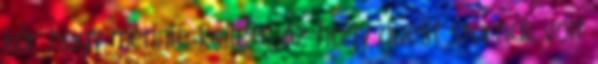
kár hogy mennie kellett. Az hogy guest starnak volt